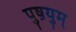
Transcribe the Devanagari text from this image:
पुष़युम्